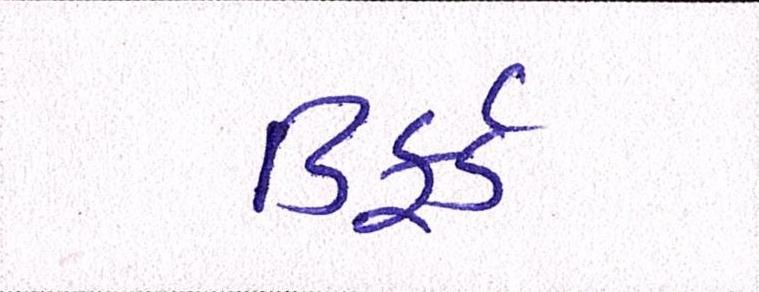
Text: ડિફર્ડ